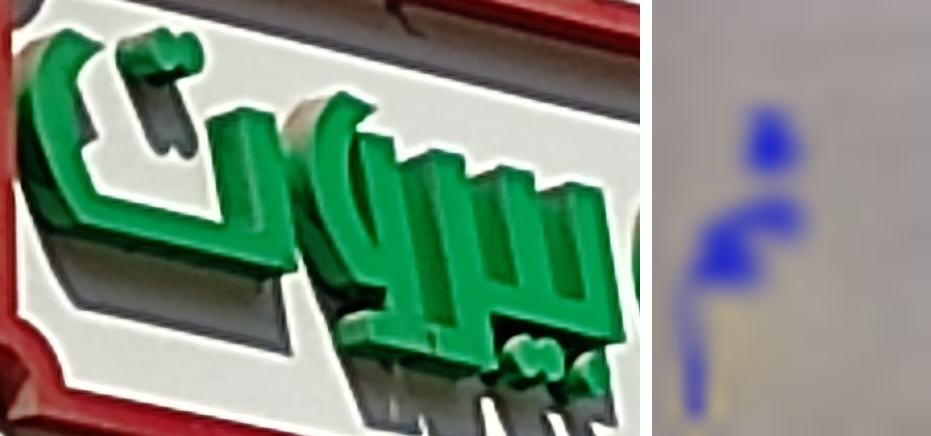
بيروت ثم